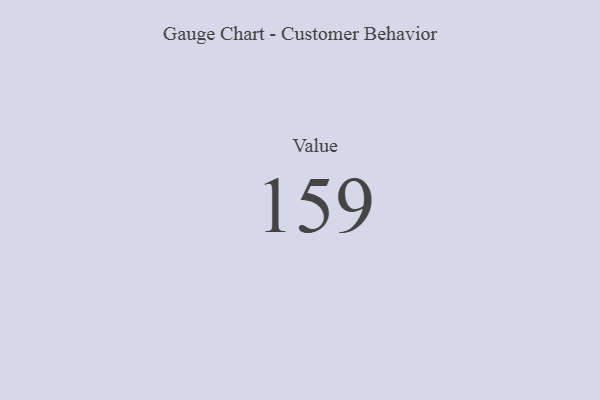
{"axis": {"x": "Metric", "y": "Value"}, "legend": [""], "data": [{"x": "Value", "y": 159, "type": ""}]}